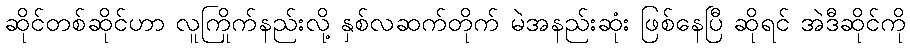
ဆိုင်တစ်ဆိုင်ဟာ လူကြိုက်နည်းလို့ နှစ်လဆက်တိုက် မဲအနည်းဆုံး ဖြစ်နေပြီ ဆိုရင် အဲဒီဆိုင်ကို